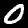
Digit: 0